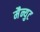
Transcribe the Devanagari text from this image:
मैन्युट